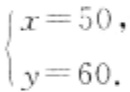
\[\begin{cases}
x = 50,\\
y = 60.
\end{cases}\]